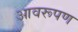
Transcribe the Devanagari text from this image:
आवरूपण